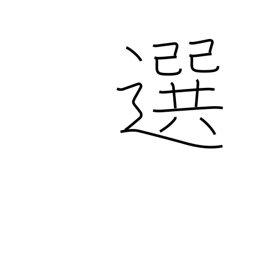
Meaning: prefer